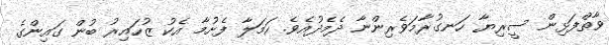
ވާތްފަޅިން ސީރިޔާ ހަނގުރާމަވެރިންނާ ދެމެދުއެވެ. ހަމަލާ ފެށުމާ އެކު ޒުހައިރު ބުން ގައިންގެ